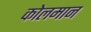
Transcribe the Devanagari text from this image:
कोलमान